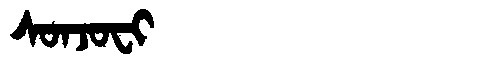
Manchu: ᠰᠣᠨᠵᠣᠸᡳ
Romanization: SONJOFI